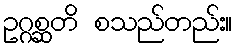
ဥဂ္ဂစ္ဆတိ စသည်တည်း။